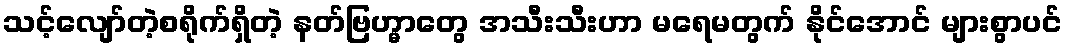
သင့်လျော်တဲ့စရိုက်ရှိတဲ့ နတ်ဗြဟ္မာတွေ အသီးသီးဟာ မရေမတွက် နိုင်အောင် များစွာပင်